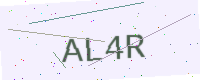
Text: AL4R